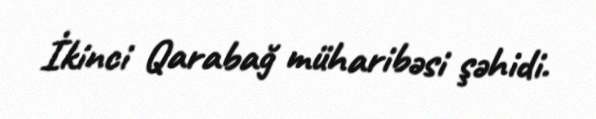
İkinci Qarabağ müharibəsi şəhidi.